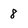
Character: 8